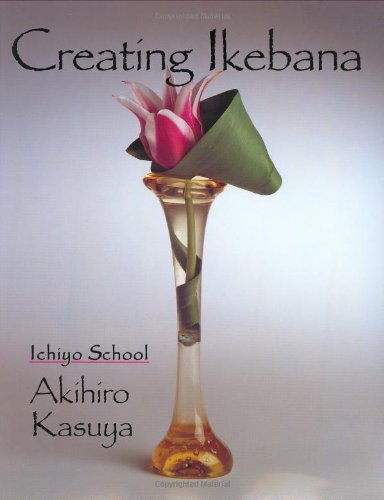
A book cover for Creating Ikebana; Akihiro Kasuya; Crafts, Hobbies & Home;